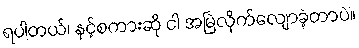
ရပါတယ်၊ နင့်စကားဆို ငါ အမြဲလိုက်လျောခဲ့တာပဲ။